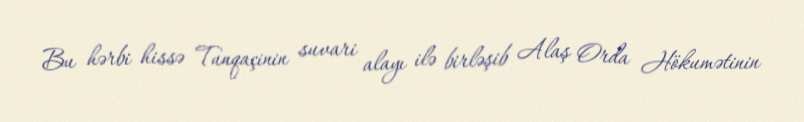
Bu hərbi hissə Tunqaçinin suvari alayı ilə birləşib Alaş Orda Hökumətinin